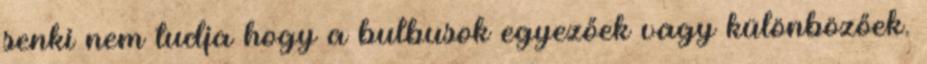
senki nem tudja hogy a bulbusok egyezőek vagy különbözőek.